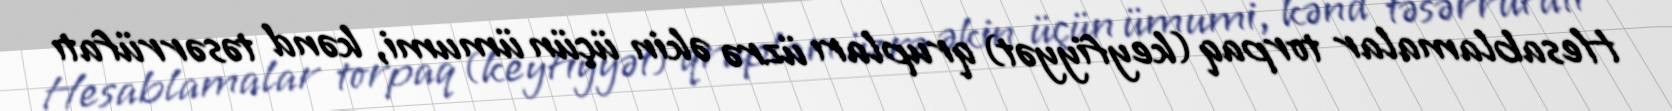
Hesablamalar torpaq (keyfiyyət) qrupları üzrə əkin üçün ümumi, kənd təsərrüfatı